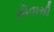
નીવાસી